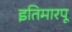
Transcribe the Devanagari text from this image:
इतिमारपू